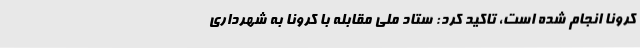
کرونا انجام شده است، تاکید کرد: ستاد ملی مقابله با کرونا به شهرداری